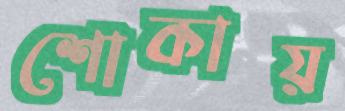
শোকায়